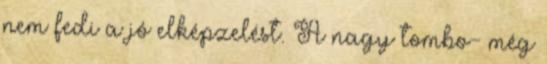
nem fedi a jó elképzelést. A nagy tombo- még